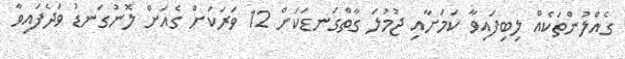
ގެއްލުންތަކެއް ލިބިފައިވާ ކަމަށާއި ޖުމުލަ ގާތްގަނޑަކަށް 12 ވަރަކަށް ގެއަށް ލޮނުގަނޑު ވަދެފައިވާ